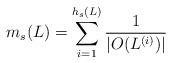
LaTeX: \begin{align*}m_s(L)=\sum_{i=1}^{h_s(L)}\frac{1}{\left|O(L^{(i)})\right|}\end{align*}